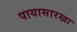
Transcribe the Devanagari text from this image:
पायासारखा